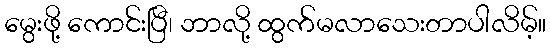
မွေးဖို့ ကောင်းပြီ၊ ဘာလို့ ထွက်မလာသေးတာပါလိမ့်။